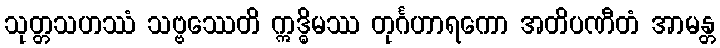
သုတ္တသဟဿံ သဗ္ဗဿေတိ ဣဒ္ဓိမဿ တုင်္ဂဟာရကော အတိပဏီတံ အာမန္တ